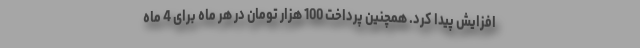
افزایش پیدا کرد. همچنین پرداخت 100 هزار تومان در هر ماه برای 4 ماه